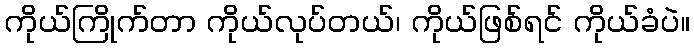
ကိုယ်ကြိုက်တာ ကိုယ်လုပ်တယ်၊ ကိုယ်ဖြစ်ရင် ကိုယ်ခံပဲ။